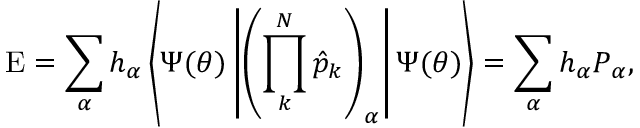
\mathrm { E } = \sum _ { \alpha } h _ { \boldsymbol { \alpha } } \left\langle \Psi ( \boldsymbol { \theta } ) \left| \left( \prod _ { k } ^ { N } \hat { p } _ { k } \right) _ { \boldsymbol { \alpha } } \right| \Psi ( \boldsymbol { \theta } ) \right\rangle = \sum _ { \alpha } h _ { \boldsymbol { \alpha } } P _ { \boldsymbol { \alpha } } ,